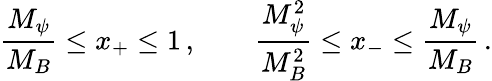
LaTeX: \frac{M_{\psi}}{M_{B}}\le x_{+}\le 1\, ,\qquad\frac{M_{\psi}^{2}}{M_{B}^{2}}\le x_{-}\le\frac{M_{\psi}}{M_{B}}\, .